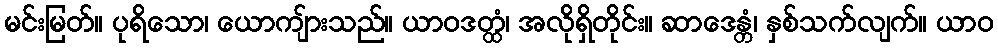
မင်းမြတ်။ ပုရိသော၊ ယောကျ်ားသည်။ ယာဝဒတ္ထံ၊ အလိုရှိတိုင်း။ ဆာဒေန္တံ၊ နှစ်သက်လျက်။ ယာဝ